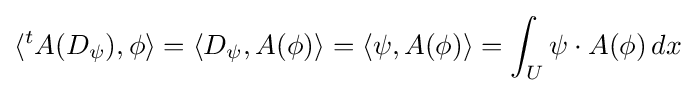
\langle {}^{t}A(D_{\psi }),\phi \rangle =\langle D_{\psi },A(\phi )\rangle =\langle \psi ,A(\phi )\rangle =\int _{U}\psi \cdot A(\phi )\,dx